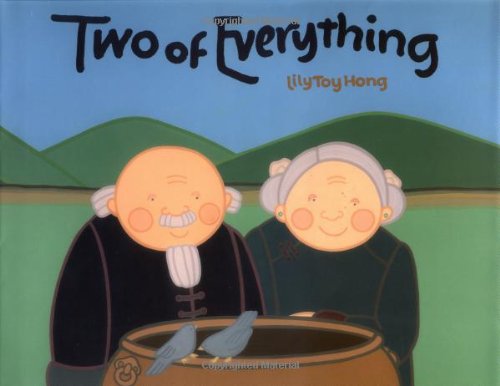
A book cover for Two of Everything; Lily Toy Hong; Children's Books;